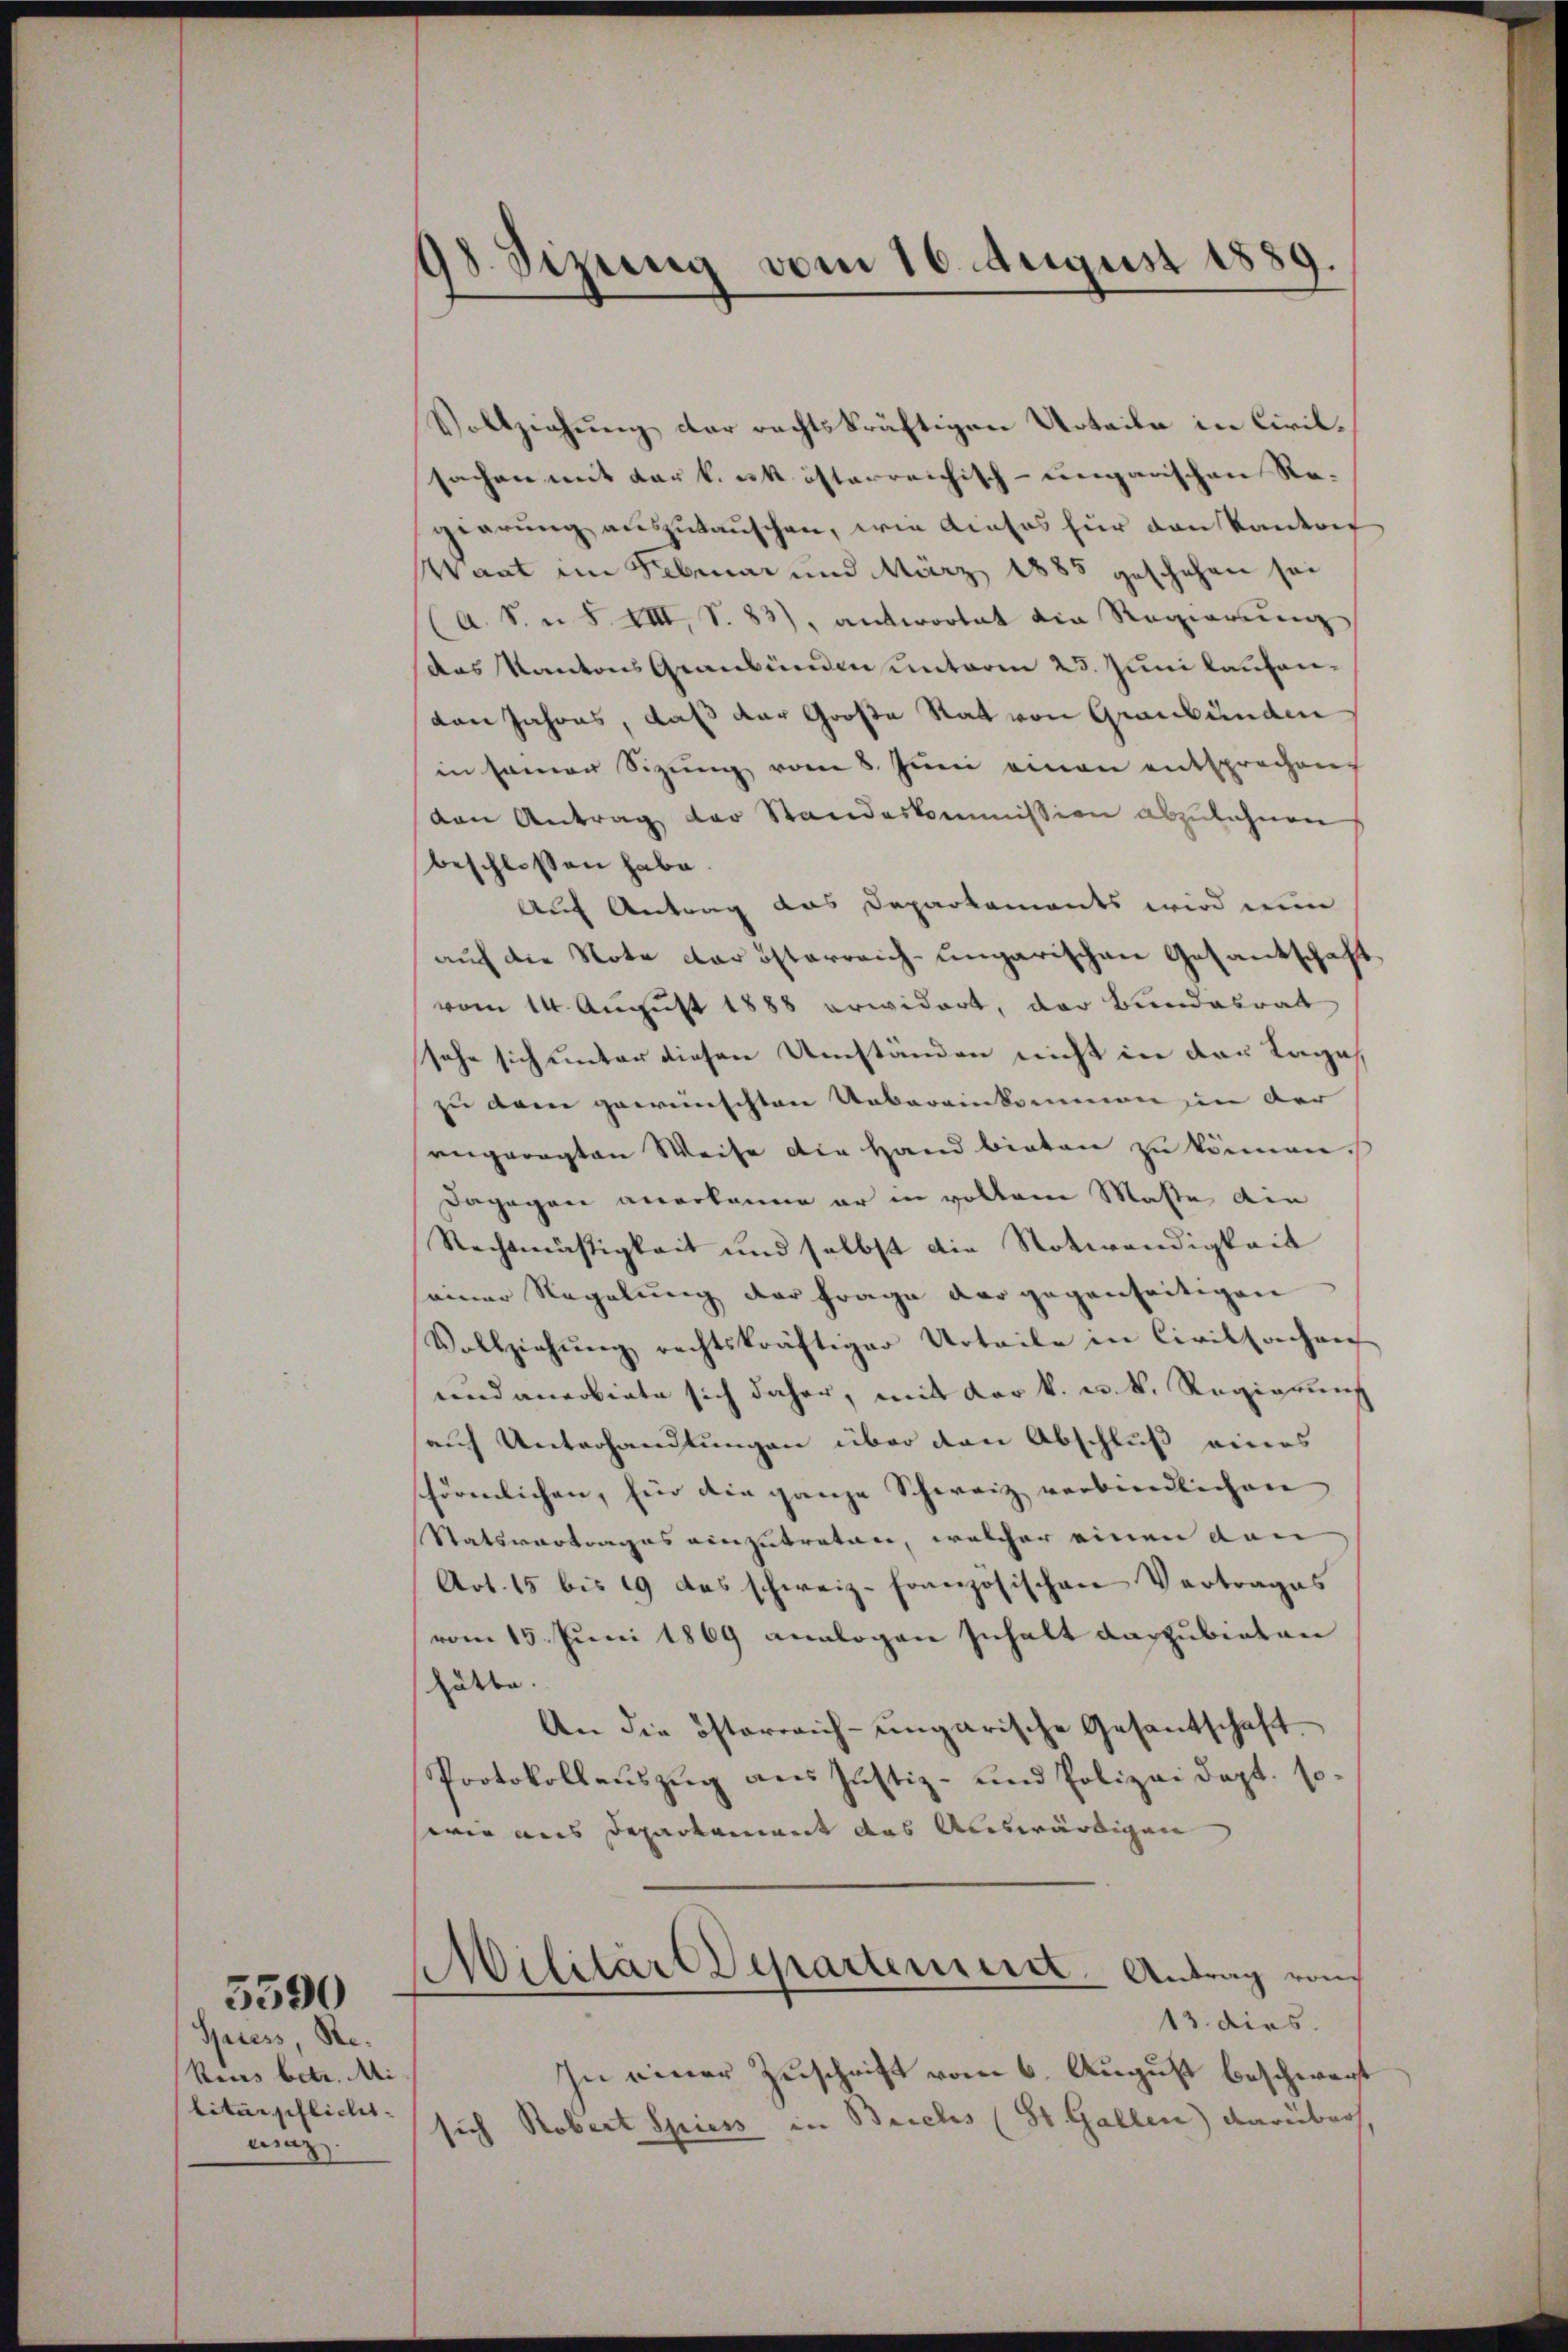
Spiess Re¬
Rius betr. Mi
litärpflicht.
wing.

5590

98. Sitzung vom 16. August 1889.

Vollziehung der rechtskräftigen Urteile in Civil.
sachen mit der k. k. österreichisch-ungarischen Re-
gierung auszutauschen, wie Kosos für den kanton
Waat im Februar und März 1885 geschehen sei
a. S. i S. VIII, S. 83), antwortet die Regierung
das Kantons Graubünden unterm 25. Juni laufenvon Jahres, daß der Große Rat von Graubünden
in seiner Sitzung vom 8. Juni einen entsprochen
den Antrag der Standeskommission abzulehnen
beschlossen habe
Auf Antrag das Departements wird nun
auf die Note der österreich-ungarischen Gesantschaft
vom 14. August 1888 erwidert, der Bundesrat
sehe sich unter diesen Umständen nicht in der Lage
zu dem gewünschten Uebereinkommen in der
engeregten Weise die Hand bieten zu können.
Dagegen anerkanne er in vollem Masse din
Rechtmässigkeit und selbst die Notwendigkeit
einer Regelung der Frage der gegenseitigen |
Vollziehŭng rechtskräftiger Urteile in Civilsachen
end anerbiete sich daher, mit der k. u. k. Regierung
sauf Unterhandlungen über den Abschluß eines
schörenlichen, für die ganze Schweiz verbindlichen
Satsvertrages einzutreten, welcher einen von
Art. 15 bis 19 des schweiz. Französischen Vertrages
vom 15. Juni 1869 analogen Inhalt darzubieten
hätte.
An die österreich-ungarische Gesandschaft
Protokollauszug aus Justiz- und Polizei dept. so
wie aus Departement das Auswärtigen
Militärt Departeniret. Antrag von
13. dies.
In einer Zuschrift vom 6. August beschwart
sich Robert Spiess in Beichs (St. Gallen) darüber,